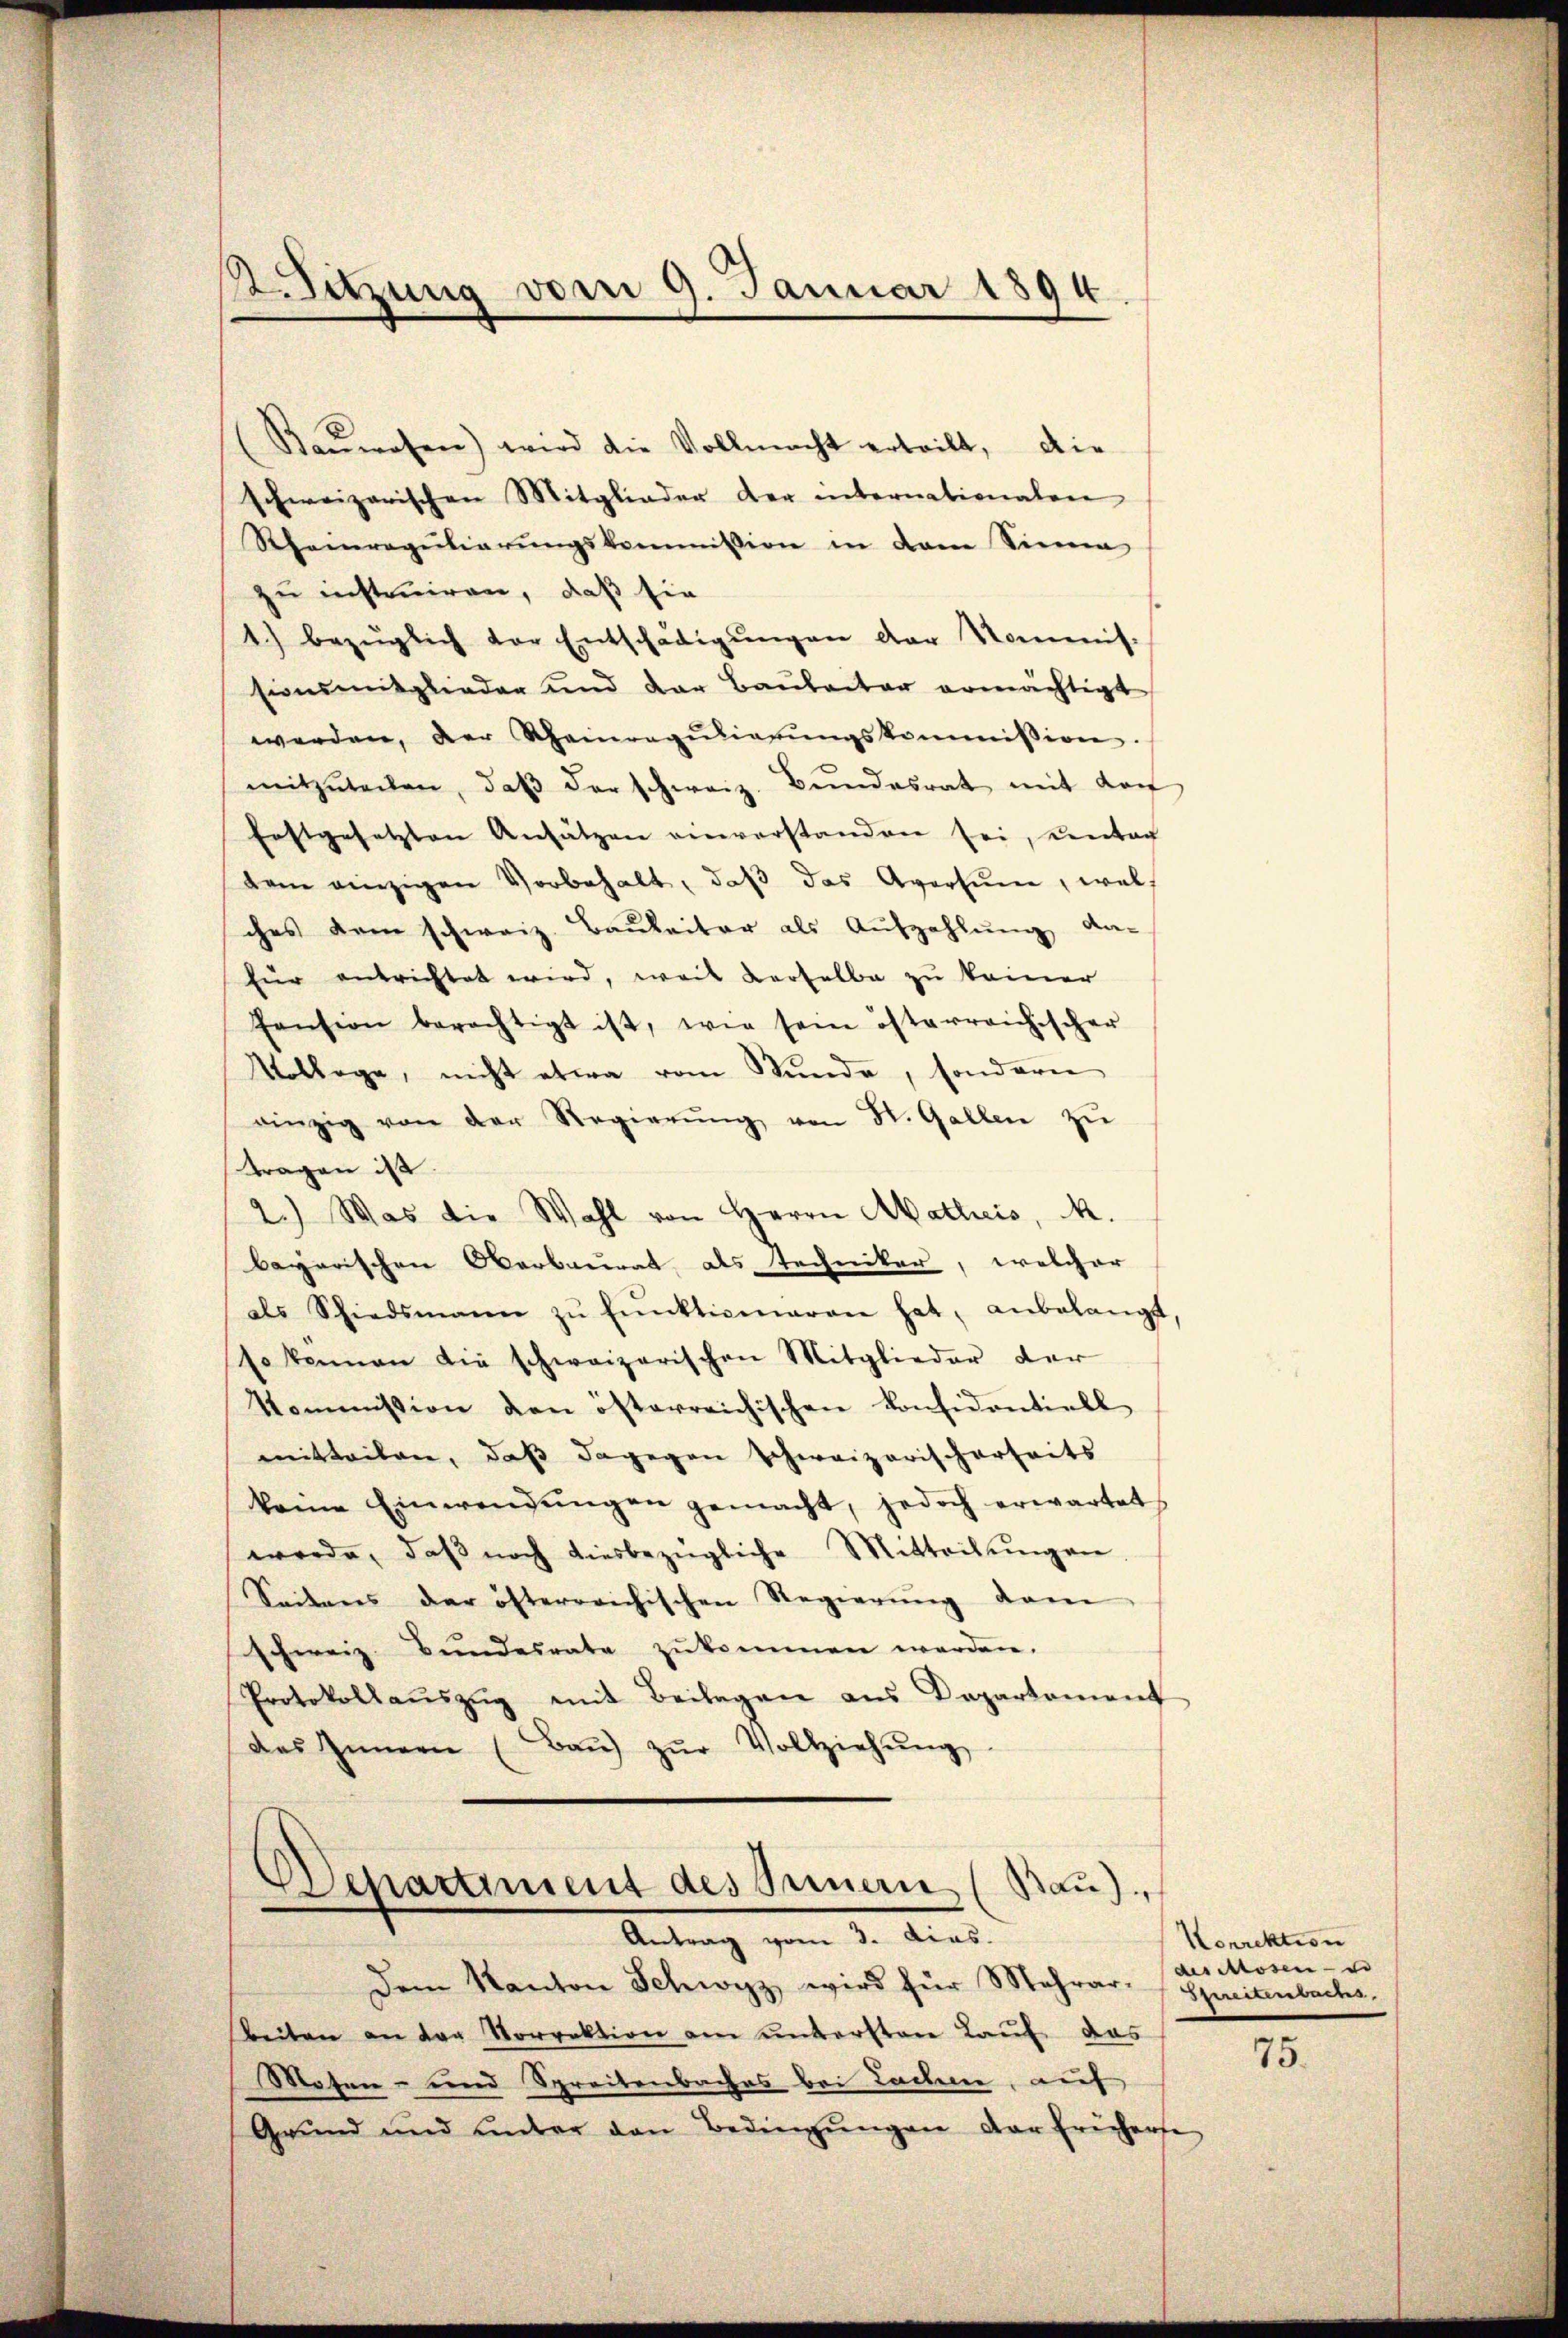
Sitzung vom 9. Januar 1894

Kanwesen) wird die Vollmacht erteilt, die
schweizerischen Mitglieder der internationalen
Rheinregŭliarŭngskommission in dem Sinne
zu instruiren, daß sie
1.) bezüglich der Entschädigŭngen der Kommis-
sionsmitglieder und der Baubaitar ermächtigt
werden, der Rheinregŭlierŭngskommission.
mitzŭteilen, daβ der schweiz. Bŭndesrat mit doc
Erstgesetzten Ansätzen einverstanden sei, entar
tem einzigen Vorbehalt, daβ das Avertum, welch
ches dem schweiz. Baŭleiter als Aŭfzahlŭng da-
für entrichtet wird, weil verselbe zu keiner
Pension berechtigt ist, wie sein österreichischer
Vollege, nicht etwa vom Stunde, sondern
einzig von der Regierŭng von St. Gallen zŭ
tragen ist.
2.) Was die Wahl von Herrn Matheis, M.
bayerischen Oberbaurat als Techniker, welcher
als Schiedsmann zŭ Eŭnkliciaren hat, anbelangt,
so können die schweizerischen Mitglieder der
Kommission den österreichischen Considentiell
mitteilen, daß dagegen schweizerischerseits
keine Einwendŭngen gemacht, jedoch erwartet
werde, daβ noch diesbezügliche Mitteilŭngen
Seitens der öfterreichischen Regierŭng dam
schweiz. Bundesrate zukommen werden.
Protokollaŭszŭg mit Beilagen ans Departement
das Innern (Baŭ zŭr Vollziehŭng

Departiment des Innern (Bau).
Antrag vom 3. dias.

Dem Kanton Schwyz, wird für Mehrar- Spreitenbachs
Beiten an der Vorrektion am untersten Lauf das
Moten- und Spreitenbaches bei Laden, auf
Grŭnd und unter den Bedingŭngen der frühere

Korrektion
des Mosen - u.

75.